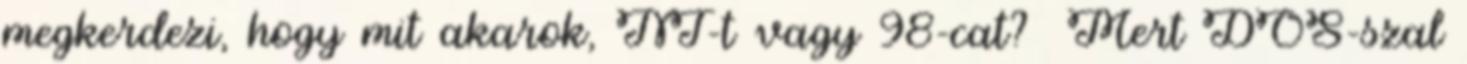
megkerdezi, hogy mit akarok, NT-t vagy 98-cat? Mert DOS-szal